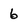
Character: 6